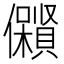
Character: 𱏟